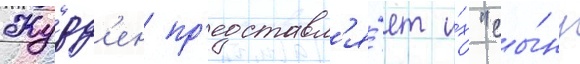
Журд'ен пр'едставл'я́ет и́х "сы́ну